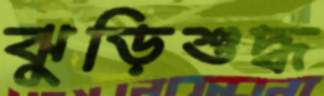
ঝুড়িশুদ্ধ